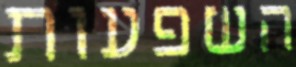
השפעות